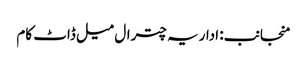
منجانب: اداریہ چترال میل ڈاٹ کام